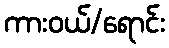
ကားဝယ်/ရောင်း